Lunatic asylums Central Provinces reports 1910-1926 - 1910-1926
Year: 1910
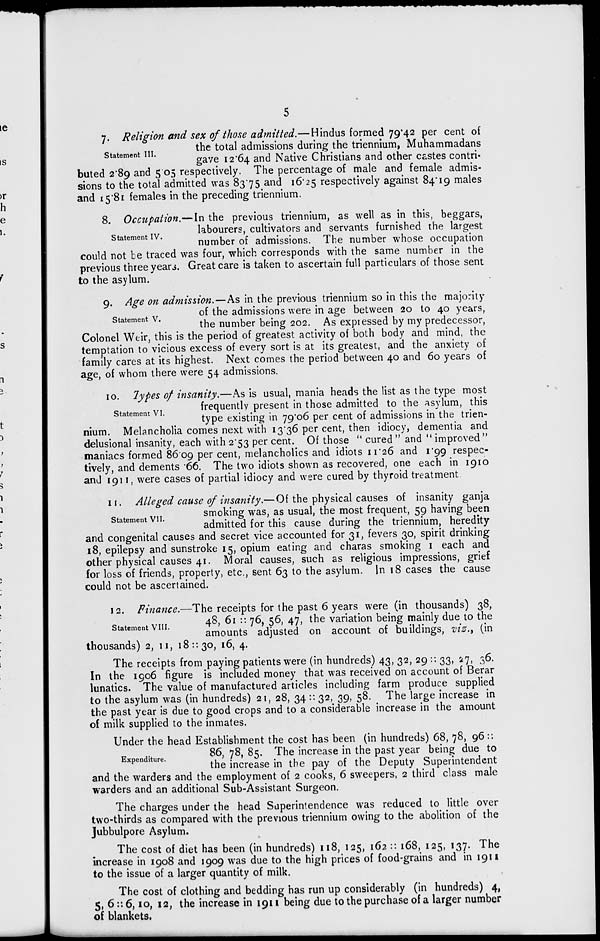
5
Statement III.
7. Religion and sex of those admitted.—Hindus formed 79.42 per cent of
the total admissions during the triennium, Muhammadans
gave 12.64 and Native Christians and other castes contri-
buted 2.89 and 5.05 respectively. The percentage of male and female admis-
sions to the total admitted was 83.75 and 16.25 respectively against 84.19 males
and 15.81 females in the preceding triennium.
Statement IV.
8. Occupation.—In the previous triennium, as well as in this, beggars,
labourers, cultivators and servants furnished the largest
number of admissions. The number whose occupation
could not be traced was four, which corresponds with the same number in the
previous three years. Great care is taken to ascertain full particulars of those sent
to the asylum.
Statement V.
9. Age on admission.—As in the previous triennium so in this the majority
of the admissions were in age between 20 to 40 years,
the number being 202. As expressed by my predecessor,
Colonel Weir, this is the period of greatest activity of both body and mind, the
temptation to vicious excess of every sort is at its greatest, and the anxiety of
family cares at its highest. Next comes the period between 40 and 60 years of
age, of whom there were 54 admissions.
Statement VI.
10. Types of insanity.—As is usual, mania heads the list as the type most
frequently present in those admitted to the asylum, this
type existing in 79.06 per cent of admissions in the trien-
nium. Melancholia comes next with 13.36 per cent, then idiocy, dementia and
delusional insanity, each with 2.53 per cent. Of those " cured " and " improved "
maniacs formed 86.09 per cent, melancholics and idiots 11.26 and 1.99 respec-
tively, and dements .66. The two idiots shown as recovered, one each in 1910
and 1911, were cases of partial idiocy and were cured by thyroid treatment.
Statement VII.
11. Alleged cause of insanity.—Of the physical causes of insanity ganja
smoking was, as usual, the most frequent, 59 having been
admitted for this cause during the triennium, heredity
and congenital causes and secret vice accounted for 31, fevers 30, spirit drinking
18, epilepsy and sunstroke 15, opium eating and charas smoking I each and
other physical causes 41. Moral causes, such as religious impressions, grief
for loss of friends, property, etc., sent 63 to the asylum. In 18 cases the cause
could not be ascertained.
Statement VIII.
12. Finance.—The receipts for the past 6 years were (in thousands) 38,
48, 61 :: 76, 56, 47, the variation being mainly due to the
amounts adjusted on account of buildings, viz., (in
thousands) 2, 11, 18:: 30, 16, 4.
The receipts from paying patients were (in hundreds) 43, 32, 29 :: 33, 27, 36.
In the 1906 figure is included money that was received on account of Berar
lunatics. The value of manufactured articles including farm produce supplied
to the asylum was (in hundreds) 21, 28, 34 :: 32, 39, 58. The large increase in
the past year is due to good crops and to a considerable increase in the amount
of milk supplied to the inmates.
Expenditure.
Under the head Establishment the cost has been (in hundreds) 68, 78, 96 ::
86, 78, 85. The increase in the past year being due to
the increase in the pay of the Deputy Superintendent
and the warders and the employment of 2 cooks, 6 sweepers, 2 third class male
warders and an additional Sub-Assistant Surgeon.
The charges under the head Superintendence was reduced to little over
two-thirds as compared with the previous triennium owing to the abolition of the
Jubbulpore Asylum.
The cost of diet has been (in hundreds) 118, 125, 162 :: 168, 125, 137. The
increase in 1908 and 1909 was due to the high prices of food-grains and in 1911
to the issue of a larger quantity of milk.
The cost of clothing and bedding has run up considerably (in hundreds) 4,
5, 6:: 6,10, 12, the increase in 1911 being due to the purchase of a larger number
of blankets.